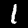
Digit: 1